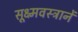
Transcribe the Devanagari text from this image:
सूक्ष्मवस्त्रानें